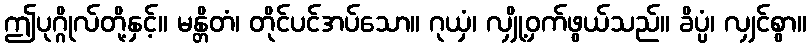
ဤပုဂ္ဂိုလ်တို့နှင့်။ မန္တိတံ၊ တိုင်ပင်အပ်သော။ ဂုယှံ၊ လျှို့ဝှက်ဖွယ်သည်။ ခိပ္ပံ၊ လျှင်စွာ။